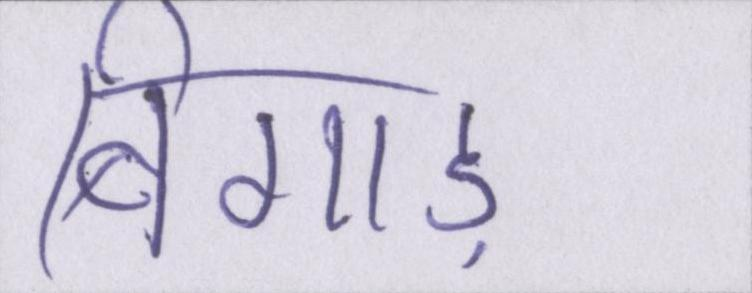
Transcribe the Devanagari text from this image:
बिगाड़